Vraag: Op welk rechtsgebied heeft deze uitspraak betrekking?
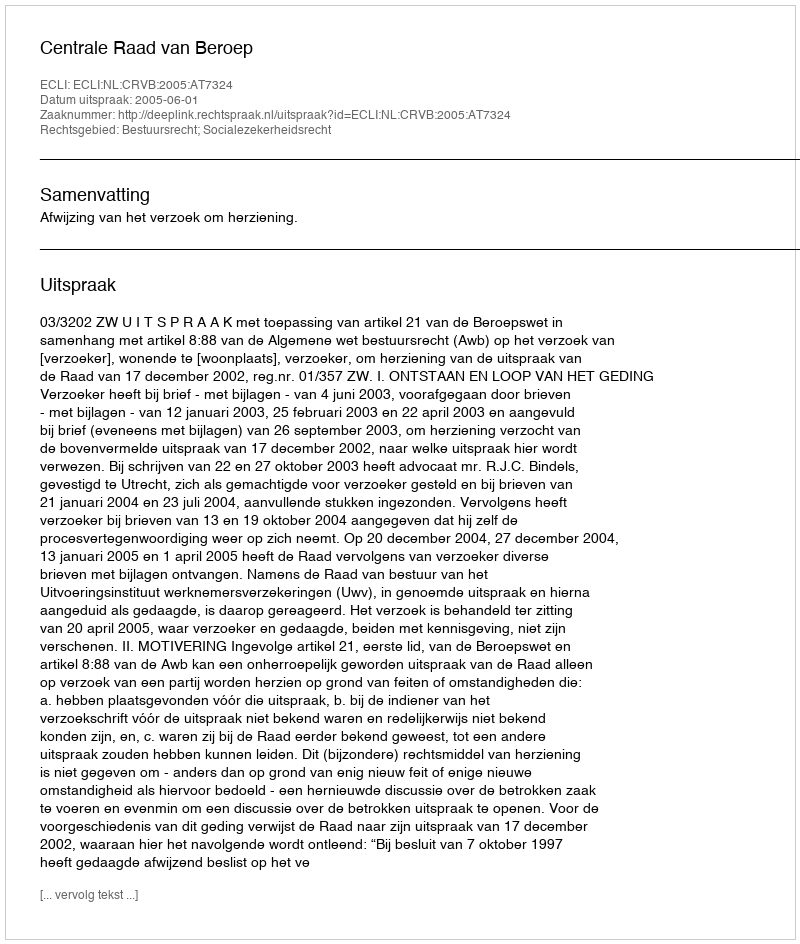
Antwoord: Bestuursrecht; Socialezekerheidsrecht